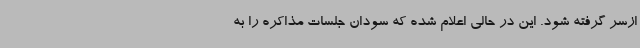
ازسر گرفته شود. این در حالی اعلام شده که سودان جلسات مذاکره را به